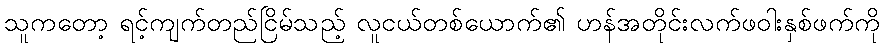
သူကတော့ ရင့်ကျက်တည်ငြိမ်သည့် လူငယ်တစ်ယောက်၏ ဟန်အတိုင်းလက်ဖဝါးနှစ်ဖက်ကို